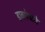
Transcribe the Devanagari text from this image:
डावपेचांचे